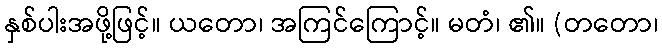
နှစ်ပါးအဖို့ဖြင့်။ ယတော၊ အကြင်ကြောင့်။ မတံ၊ ၏။ (တတော၊